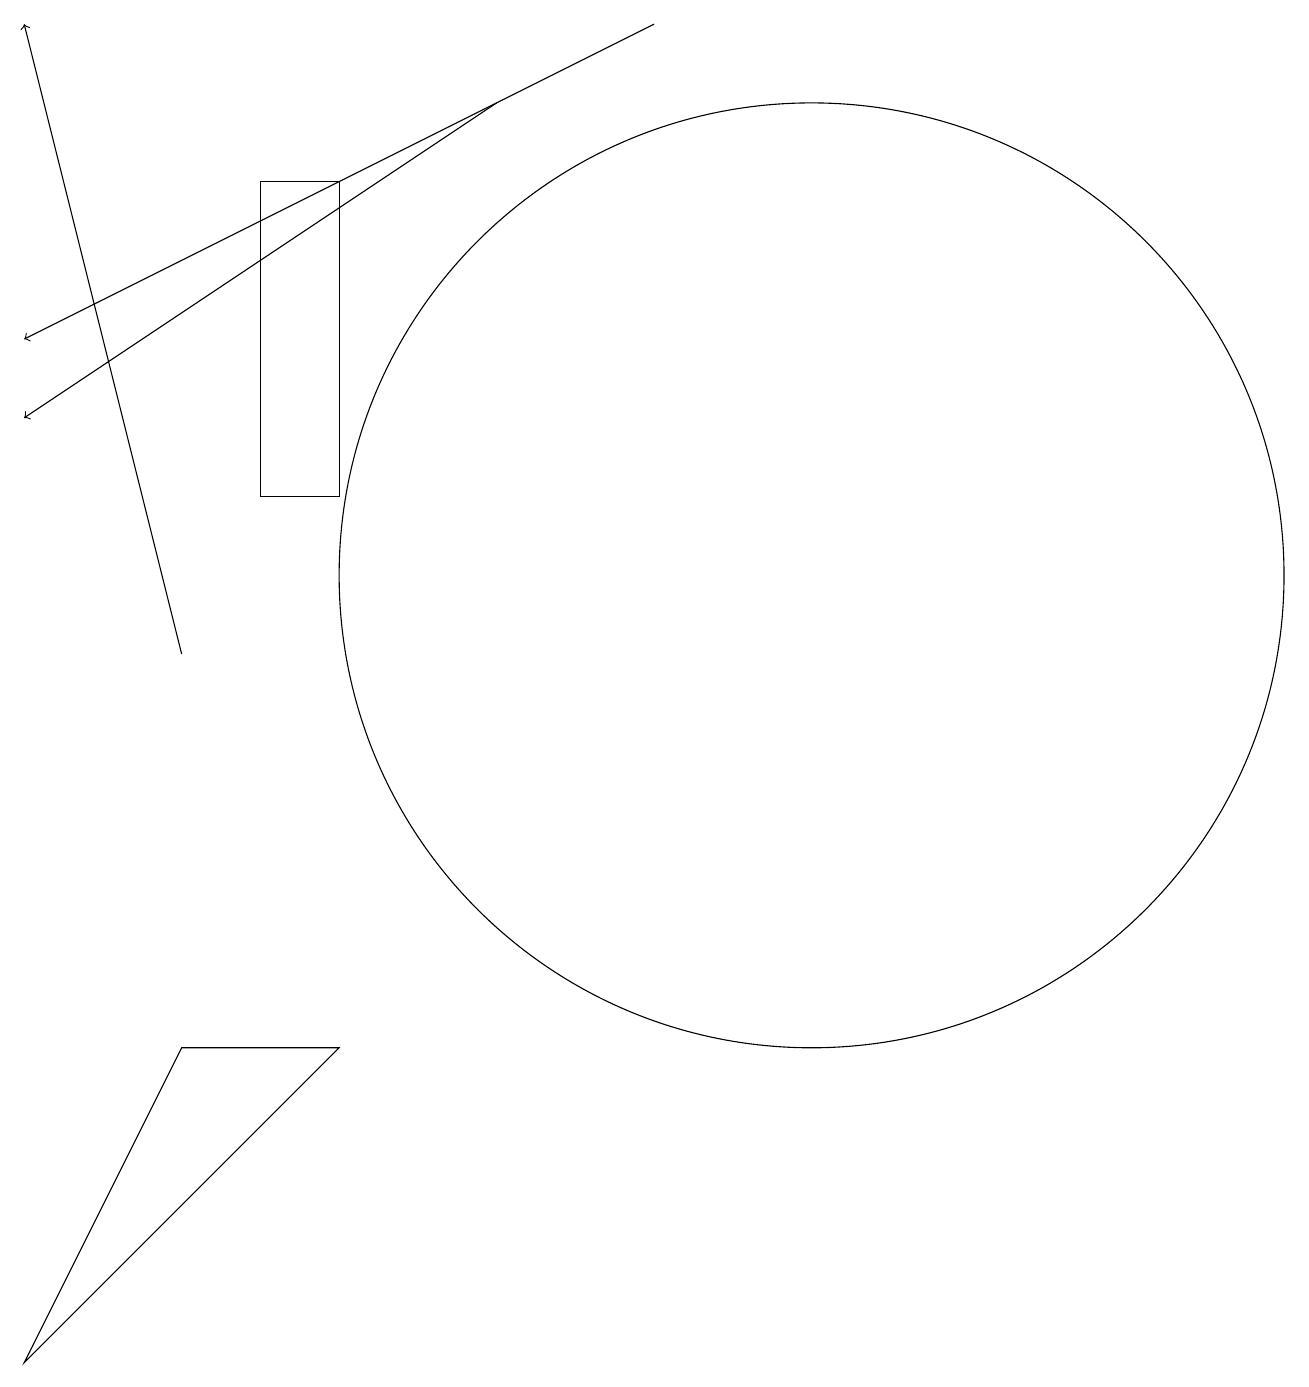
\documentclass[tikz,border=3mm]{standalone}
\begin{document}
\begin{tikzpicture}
\draw (5,16) rectangle (4,12);
\draw (11,11) circle (6);
\draw (3,5) -- (5,5) -- (1,1) -- cycle;
\draw[->] (9,18) -- (1,14);
\draw (4,15) rectangle (4,15);
\draw[->] (3,10) -- (1,18);
\draw[->] (7,17) -- (1,13);
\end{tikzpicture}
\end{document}